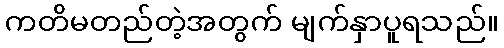
ကတိမတည်တဲ့အတွက် မျက်နှာပူရသည်။